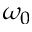
\omega _ { 0 }